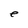
Character: e